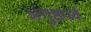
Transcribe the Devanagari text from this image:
अंगुष्ठपर्व